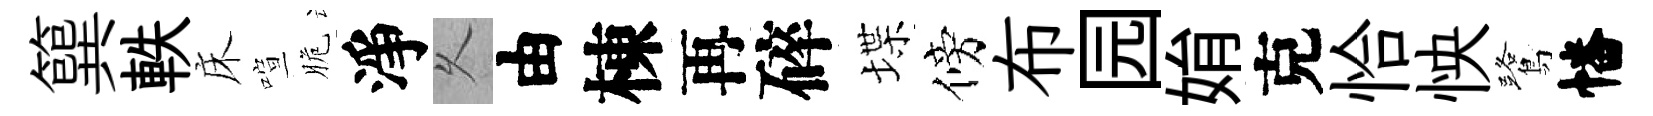
簨軼床喧脆淨乆由棟再碎堞傍布园姢克恰怏鷺幡